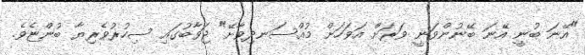
"އޭނަ ބުނީ އޭނަ ބޭނުންވަނީ ވަރަށް އަވަހަށް މުއްސަނދިވާށޭ" ޖަވާބުގައި ސިހުރުވެރިޔާ ބުންޏެވެ.